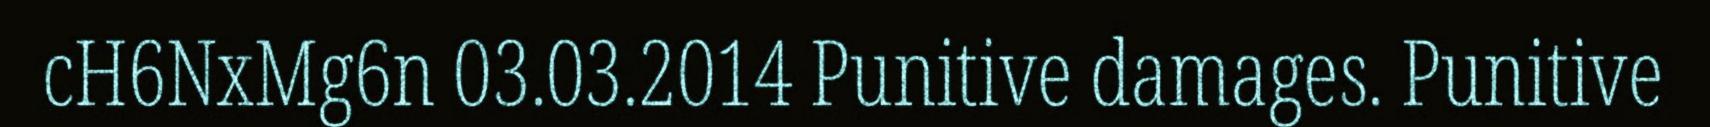
cH6NxMg6n 03.03.2014 Punitive damages. Punitive